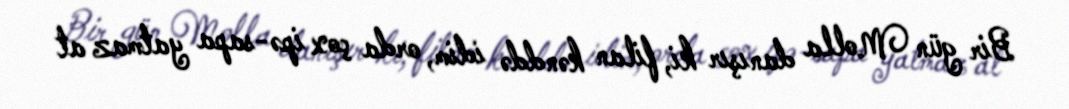
Bir gün Molla danışır ki, filan kənddə idim, orda çox ipə-sapa yatmaz at